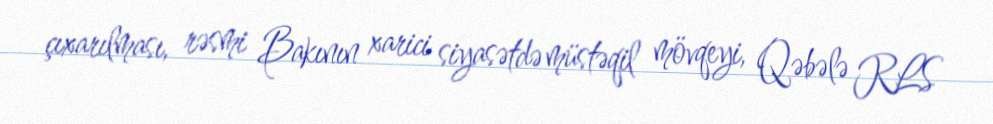
çıxarılması, rəsmi Bakının xarici siyasətdə müstəqil mövqeyi, Qəbələ RLS